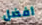
أفضل